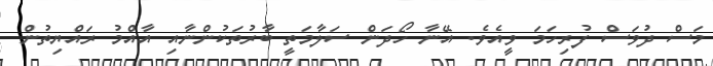
މަސް ދުވަސް ފުރިހަމަ ވީއެވެ. އޭނާ ހޯދަން ސަލާމަތީ ބާރުތަކުންނާއި އާއްމު ރައްޔިތުން